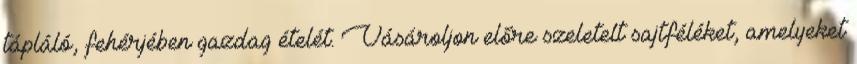
tápláló, fehérjében gazdag ételét. Vásároljon előre szeletelt sajtféléket, amelyeket